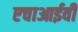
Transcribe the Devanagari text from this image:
एचाआईवी